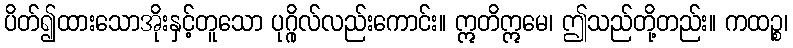
ပိတ်၍ထားသောအိုးနှင့်တူသော ပုဂ္ဂိုလ်လည်းကောင်း။ ဣတိဣမေ၊ ဤသည်တို့တည်း။ ကထဉ္စ၊